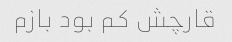
قارچش کم بود بازم